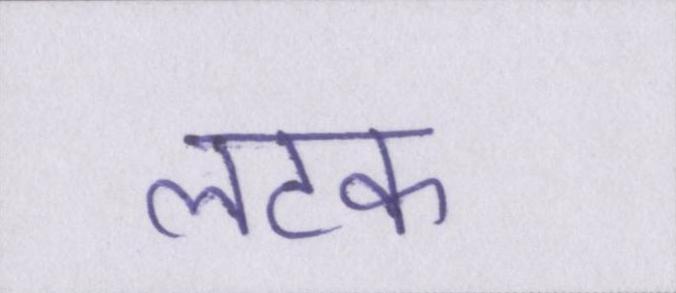
लटक